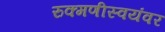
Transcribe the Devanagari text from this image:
रुक्मणीस्वयंवर